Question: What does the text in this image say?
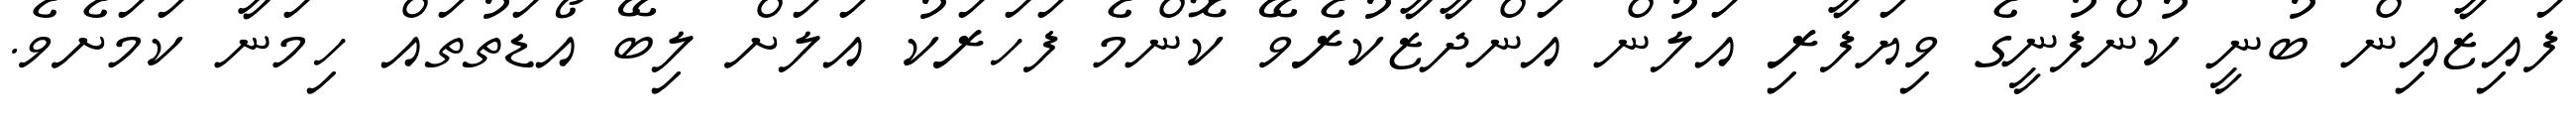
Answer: ފައިޒާއިން ބުނީ ކުންފުނީގެ ވިޔަފާރި އަލުން އަންދާޒާކުރެވޭ ކޮންމެ ފަހަރަކު އަލަށް ލިބޭ އޯޑަތުތައް ހިމަނާ ކަމަށެވެ.